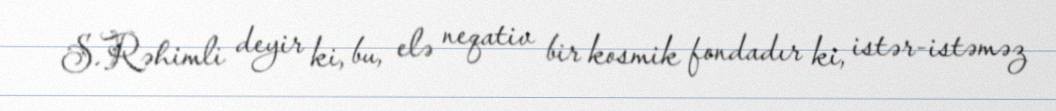
S.Rəhimli deyir ki, bu, elə neqativ bir kosmik fondadır ki, istər-istəməz